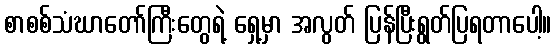
စာစစ်သံဃာတော်ကြီးတွေရဲ့ ရှေ့မှာ အလွတ် ပြန်ပြီးရွတ်ပြရတာပေါ့။